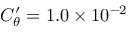
C _ { \theta } ^ { \prime } = 1 . 0 \times 1 0 ^ { - 2 }